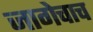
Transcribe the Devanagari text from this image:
जागेचाच